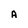
Character: A